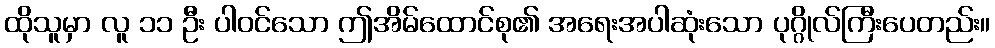
ထိုသူမှာ လူ ၁၁ ဦး ပါဝင်သော ဤအိမ်ထောင်စု၏ အရေးအပါဆုံးသော ပုဂ္ဂိုလ်ကြီးပေတည်း။